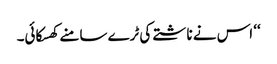
‘‘ اس نے ناشتے کی ٹرے سامنے کھسکائی۔